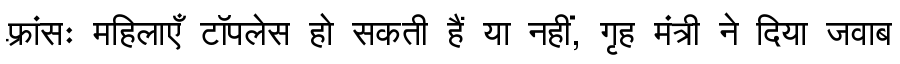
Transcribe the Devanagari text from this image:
फ़्रांसः महिलाएँ टॉपलेस हो सकती हैं या नहीं, गृह मंत्री ने दिया जवाब